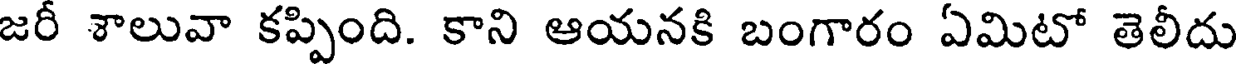
జరీ శాలువా కప్పింది. కాని ఆయనకి బంగారం ఏమిటో తెలీదు